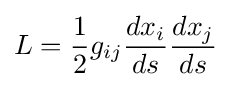
L={\frac {1}{2}}g_{ij}{\frac {dx_{i}}{ds}}{\frac {dx_{j}}{ds}}